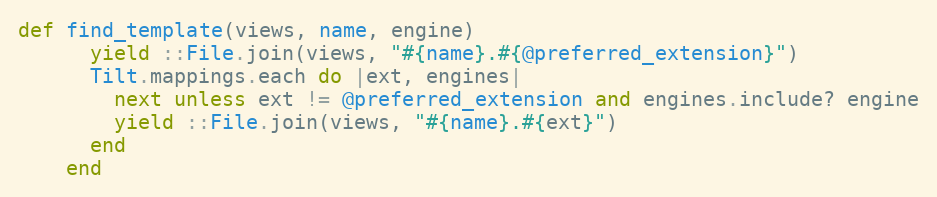
Language: Ruby
def find_template(views, name, engine)
      yield ::File.join(views, "#{name}.#{@preferred_extension}")
      Tilt.mappings.each do |ext, engines|
        next unless ext != @preferred_extension and engines.include? engine
        yield ::File.join(views, "#{name}.#{ext}")
      end
    end